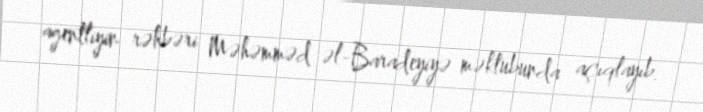
agentliyin rəhbəri Məhəmməd əl-Baradeyiyə məktubunda açıqlayıb.